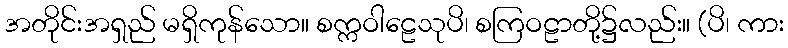
အတိုင်းအရှည် မရှိကုန်သော။ စက္ကဝါဠေသုပိ၊ စကြဝဠာတို့၌လည်း။ (ပိ၊ ကား